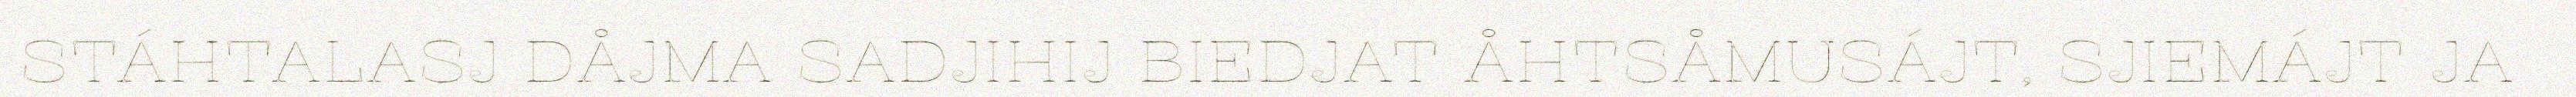
STÁHTALASJ DÅJMA SADJIHIJ BIEDJAT ÅHTSÅMUSÁJT, SJIEMÁJT JA